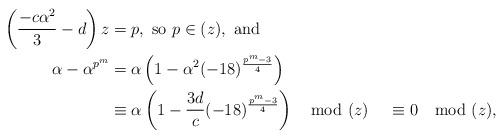
LaTeX: \begin{align*} \left( \frac{-c\alpha^2}{3} - d\right) z & = p, \mbox{\ so\ } p\in (z),\mbox{\ and} \\ \alpha - \alpha^{p^m} &= \alpha \left( 1 - \alpha^2 (-18)^{\frac{p^m-3}{4}}\right) \\ &\equiv \alpha\left( 1 - \frac{3d}{c} (-18)^{\frac{p^m-3}{4}}\right) \mod (z) &\equiv 0 \mod (z),\end{align*}